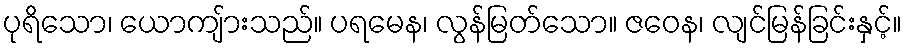
ပုရိသော၊ ယောကျ်ားသည်။ ပရမေန၊ လွန်မြတ်သော။ ဇဝေန၊ လျင်မြန်ခြင်းနှင့်။